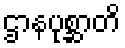
ဌာနပုစ္ဆာတိ